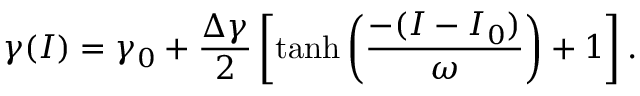
\gamma ( I ) = \gamma _ { 0 } + \frac { \Delta \gamma } { 2 } \left[ \operatorname { t a n h } \left( \frac { - ( I - I _ { 0 } ) } { \omega } \right) + 1 \right] .